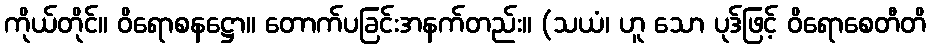
ကိုယ်တိုင်။ ဝိရောစနဋ္ဌော။ တောက်ပခြင်းအနက်တည်း။ (သယံ၊ ဟူ သော ပုဒ်ဖြင့် ဝိရောစေတီတိ